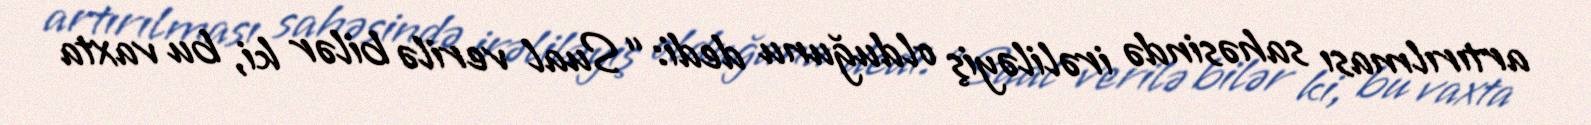
artırılması sahəsində irəliləyiş olduğunu dedi: “Sual verilə bilər ki, bu vaxta